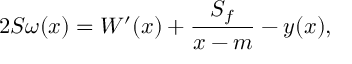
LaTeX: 2 S \omega ( x ) = W ^ { \prime } ( x ) + \frac { S _ { f } } { x - m } - y ( x ) ,